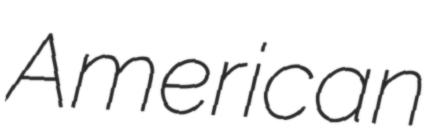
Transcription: American